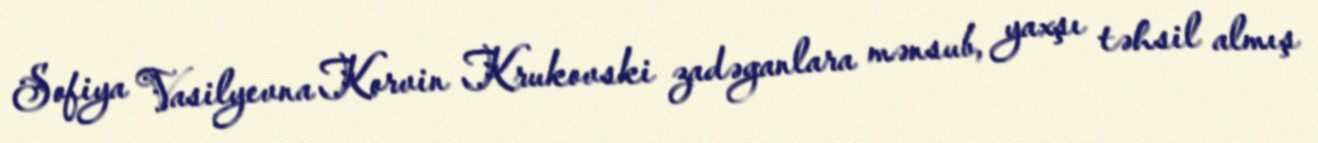
Sofiya Vasilyevna Korvin Krukovski zadəganlara mənsub, yaxşı təhsil almış